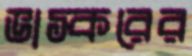
ভাস্করের